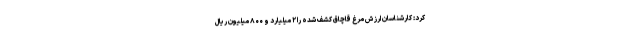
کرد: کارشناسان ارزش مرغ قاچاق کشف شده را ۲ میلیارد و ۸۰۰ میلیون ریال